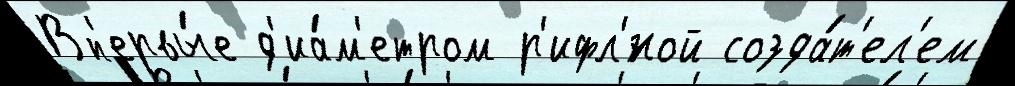
Вп'ервы́е д'иа́м'етром р'ифл'́ной созда́т'ел'ем